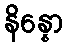
နိန္နော